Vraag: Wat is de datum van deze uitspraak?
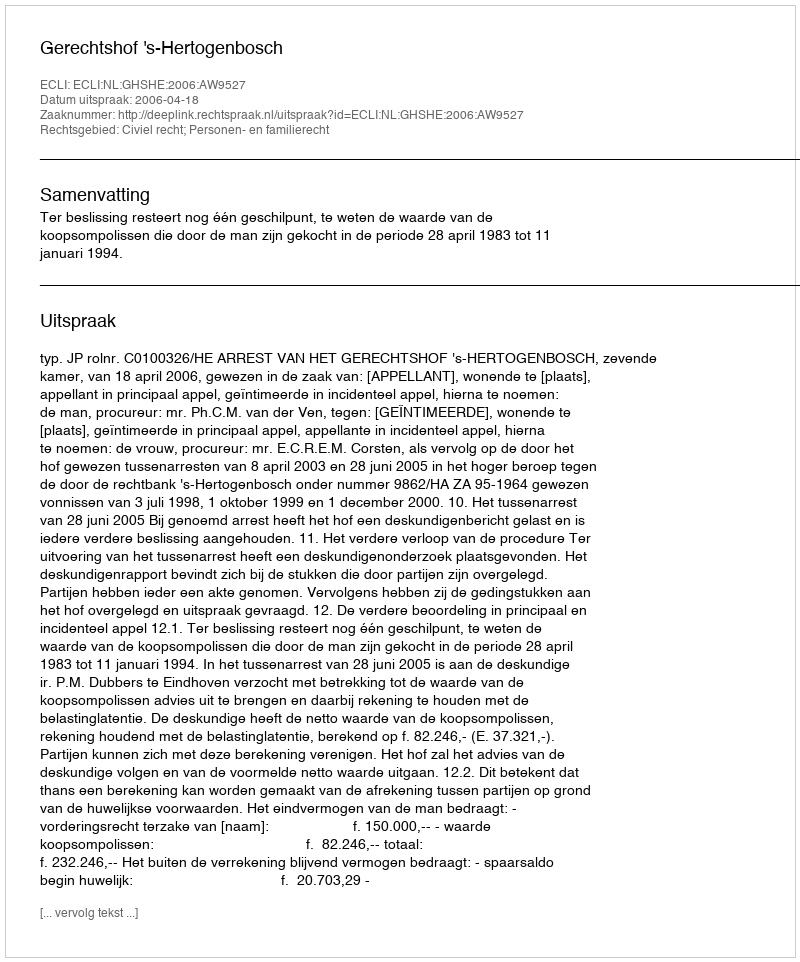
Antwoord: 2006-04-18